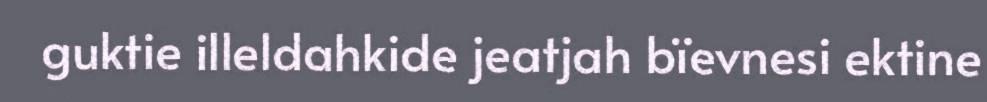
guktie illeldahkide jeatjah bïevnesi ektine